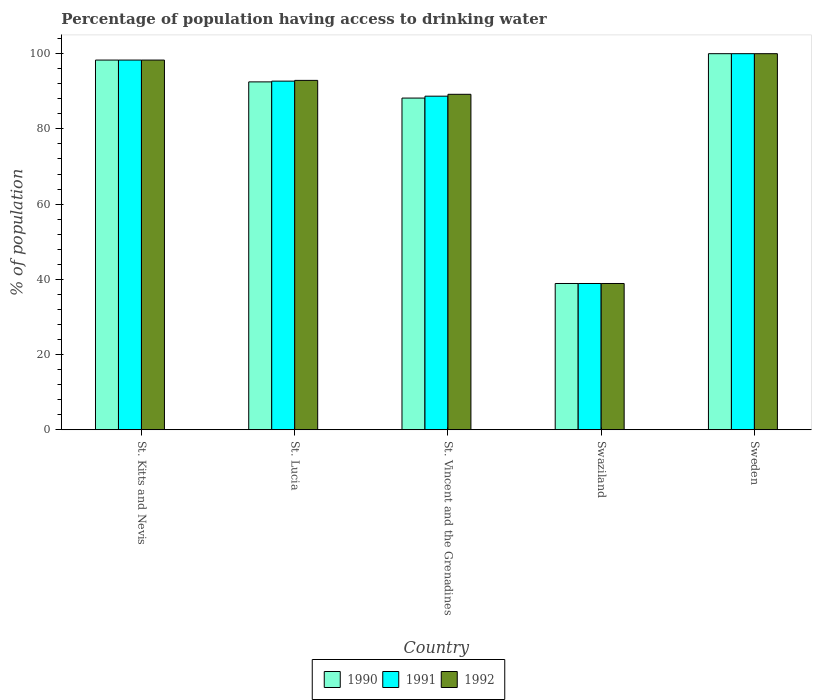
| Country | 1990 | 1991 | 1992 |
 | --- | --- | --- | --- |
 | St. Kitts and Nevis | 98.3 | 98.3 | 98.3 |
 | St. Lucia | 92.5 | 92.7 | 92.9 |
 | St. Vincent and the Grenadines | 88.2 | 88.7 | 89.2 |
 | Swaziland | 38.9 | 38.9 | 38.9 |
 | Sweden | 100 | 100 | 100 |